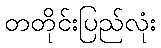
တတိုင်းပြည်လုံး